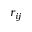
r _ { i j }